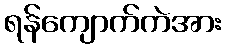
ရန်ကျောက်ကဲအား